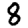
Digit: 8